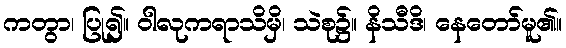
ကတွာ၊ ပြု၍။ ဝါလုကရာသိမှိ၊ သဲစု၌။ နိသီဒိ၊ နေတော်မူ၏။